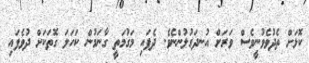
ކޮޅަށް ތެދުވެވުނީވެސް ވަރަށް އުނދަގުލުންނެވެ. ދެފައި މަގުމަތީ ގާނަމުން ކަހަލަ ގޮތަކަށް ދުވެފައި